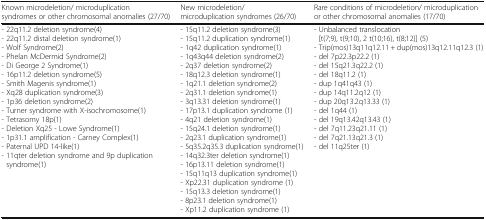
| Known microdeletion/ microduplication syndromes or other chromosomal anomalies (27/70) | New microdeletion/ microduplication syndromes (26/70) | Rare conditions of microdeletion/ microduplication or other chromosomal anomalies (17/70) |
 | --- | --- | --- |
 | - 22q11.2 deletion syndrome(4)- 22q11.2 distal deletion syndrome(1)- Wolf Syndrome(2)- Phelan McDermid Syndrome(2)- Di George 2 Syndrome(1)- 16p11.2 deletion syndrome(5)- Smith Magenis syndrome(1)- Xq28 duplication syndrome(3)- 1p36 deletion syndrome(2)- Turner syndrome with X-isochromosome(1)- Tetrasomy 18p(1)- Deletion Xq25 - Lowe Syndrome(1)- 1p31.1 amplification - Carney Complex(1)- Paternal UPD 14-like(1)- 11qter deletion syndrome and 9p duplication syndrome(1) | - 15q11.2 deletion syndrome(3)- 15q11.2 duplication syndrome(1)- 1q42 duplication syndrome(1)- 1q43q44 deletion syndrome(2)- 2q37 deletion syndrome(2)- 18q12.3 deletion syndrome(1)- 1q21.1 deletion syndrome(2)- 2q31.1 deletion syndrome(1)- 3q13.31 deletion syndrome(1)- 17p13.1 duplication syndrome (1)- 4q21 deletion syndrome(1)- 15q24.1 deletion syndrome(1)- 2q23.1 duplication syndrome(1)- 5q35.2q35.3 duplication syndrome(1)- 14q32.3ter deletion syndrome(1)- 16p13.11 deletion syndrome(1)- 15q11q13 duplication syndrome(1)- Xp22.31 duplication syndrome (1)- 15q13.3 deletion syndrome(1)- 8p23.1 deletion syndrome(1)- Xp11.2 duplication syndrome (1) | - Unbalanced translocation [t(7;9), t(9;10), 2 t(10;16), t(8;12)] (5)- Trip(mos)13q11q12.11 + dup(mos)13q12.11q12.3 (1)- del 7p22.3p22.2 (1)- del 15q21.3q22.2 (1)- del 18q11.2 (1)- dup 1q41q43 (1)- dup 14q11.2q12 (1)- dup 20q13.2q13.33 (1)- del 1q44 (1)- del 19q13.42q13.43 (1)- del 7q11.23q21.11 (1)- del 7q21.13q21.3 (1)- del 11q25ter (1) |